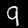
Label: 9